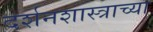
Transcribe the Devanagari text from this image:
दर्शनशास्त्राच्या